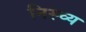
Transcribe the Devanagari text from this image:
निस्च्य